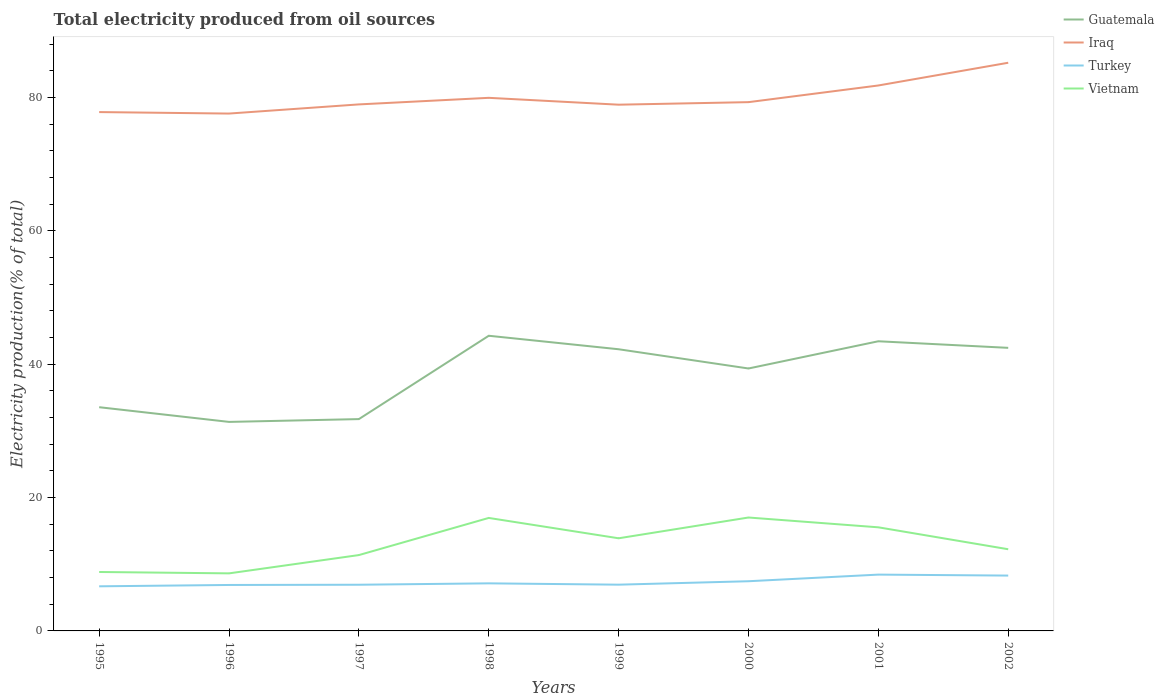
| Years | Guatemala | Iraq | Turkey | Vietnam |
 | --- | --- | --- | --- | --- |
 | 1995 | 33.6 | 77.8 | 6.69 | 8.84 |
 | 1996 | 31.4 | 77.6 | 6.89 | 8.63 |
 | 1997 | 31.8 | 79 | 6.93 | 11.4 |
 | 1998 | 44.3 | 80 | 7.14 | 16.9 |
 | 1999 | 42.3 | 78.9 | 6.94 | 13.9 |
 | 2000 | 39.4 | 79.3 | 7.45 | 17 |
 | 2001 | 43.5 | 81.8 | 8.45 | 15.5 |
 | 2002 | 42.5 | 85.2 | 8.3 | 12.3 |